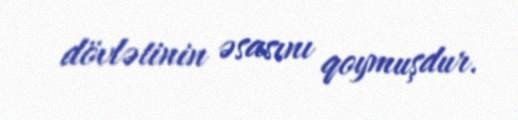
dövlətinin əsasını qoymuşdur.